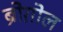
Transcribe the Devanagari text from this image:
ब्रोग़ोल